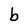
Character: b